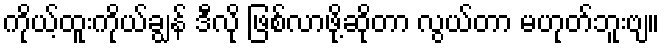
ကိုယ့်ထူးကိုယ်ချွန် ဒီလို ဖြစ်လာဖို့ဆိုတာ လွယ်တာ မဟုတ်ဘူးဗျ။